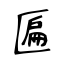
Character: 匾